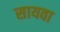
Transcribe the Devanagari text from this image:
सायवा